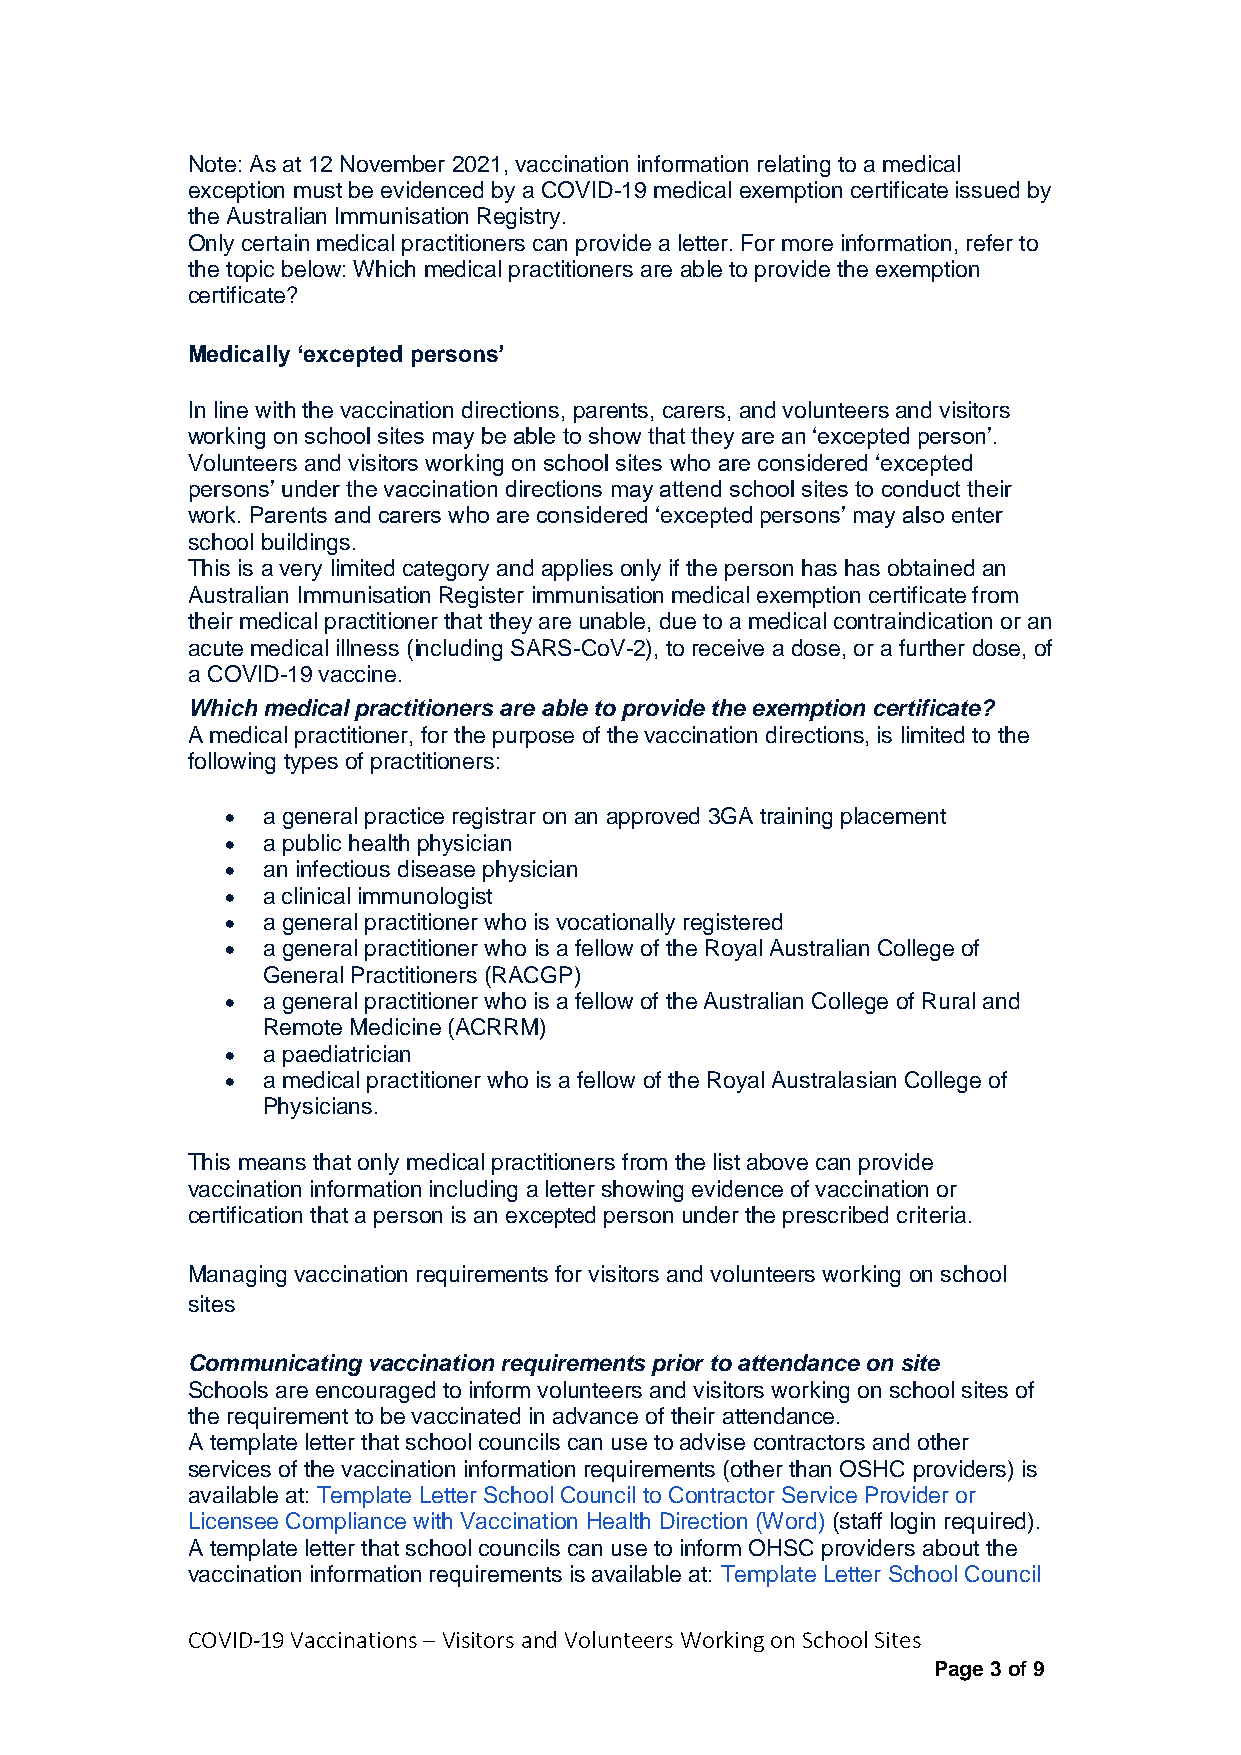
Note: As at 12 November 2021, vaccination information relating to a medical
 exception must be evidenced by a COVID-19 medical exemption certificate issued by
 the Australian Immunisation Registry.
 Only certain medical practitioners can provide a letter. For more information, refer to
 the topic below: Which medical practitioners are able to provide the exemption
 certificate?
 Medically ‘excepted persons’
 In line with the vaccination directions, parents, carers, and volunteers and visitors
 working on school sites may be able to show that they are an ‘excepted person’.
 Volunteers and visitors working on school sites who are considered ‘excepted
 persons’ under the vaccination directions may attend school sites to conduct their
 work. Parents and carers who are considered ‘excepted persons’ may also enter
 school buildings.
 This is a very limited category and applies only if the person has has obtained an
 Australian Immunisation Register immunisation medical exemption certificate from
 their medical practitioner that they are unable, due to a medical contraindication or an
 acute medical illness (including SARS-CoV-2), to receive a dose, or a further dose, of
 a COVID-19 vaccine.
 Which medical practitioners are able to provide the exemption certificate?
 A medical practitioner, for the purpose of the vaccination directions, is limited to the
 following types of practitioners:
  a general practice registrar on an approved 3GA training placement
  a public health physician
  an infectious disease physician
  a clinical immunologist
  a general practitioner who is vocationally registered
  a general practitioner who is a fellow of the Royal Australian College of
 General Practitioners (RACGP)
  a general practitioner who is a fellow of the Australian College of Rural and
 Remote Medicine (ACRRM)
  a paediatrician
  a medical practitioner who is a fellow of the Royal Australasian College of
 Physicians.
 This means that only medical practitioners from the list above can provide
 vaccination information including a letter showing evidence of vaccination or
 certification that a person is an excepted person under the prescribed criteria.
 Managing vaccination requirements for visitors and volunteers working on school
 sites
 Communicating vaccination requirements prior to attendance on site
 Schools are encouraged to inform volunteers and visitors working on school sites of
 the requirement to be vaccinated in advance of their attendance.
 A template letter that school councils can use to advise contractors and other
 services of the vaccination information requirements (other than OSHC providers) is
 available at: Template Letter School Council to Contractor Service Provider or
 Licensee Compliance with Vaccination Health Direction (Word) (staff login required).
 A template letter that school councils can use to inform OHSC providers about the
 vaccination information requirements is available at: Template Letter School Council
 COVID-19 Vaccinations – Visitors and Volunteers Working on School Sites
 Page 3 of 9